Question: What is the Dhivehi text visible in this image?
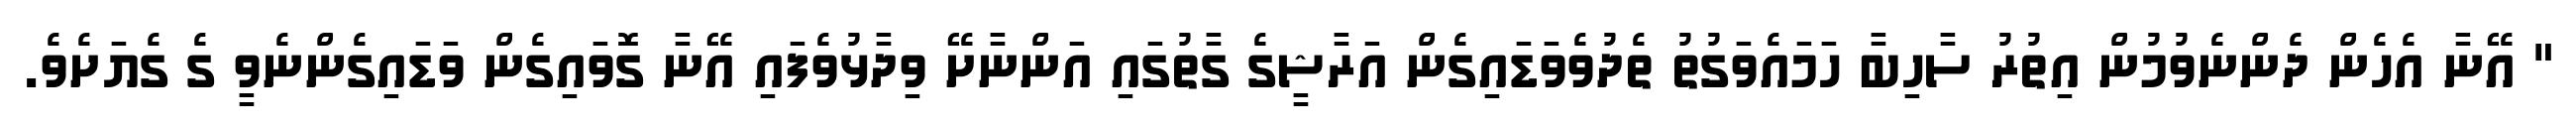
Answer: " އޭނާ އެހެން ދެންނެވުމުން އިތުރު ސާހިބާ ހަމައެވަގުތު ތެދުވެވަޑައިގެން އަރާޝީގެ ގާތުގައި އަންނާށޭ ވިދާޅުވެފައި އޭނާ ގޮވައިގެން ވަޑައިގެންނެވީ ގެ ގެޔަށެވެ.